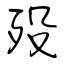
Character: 歿